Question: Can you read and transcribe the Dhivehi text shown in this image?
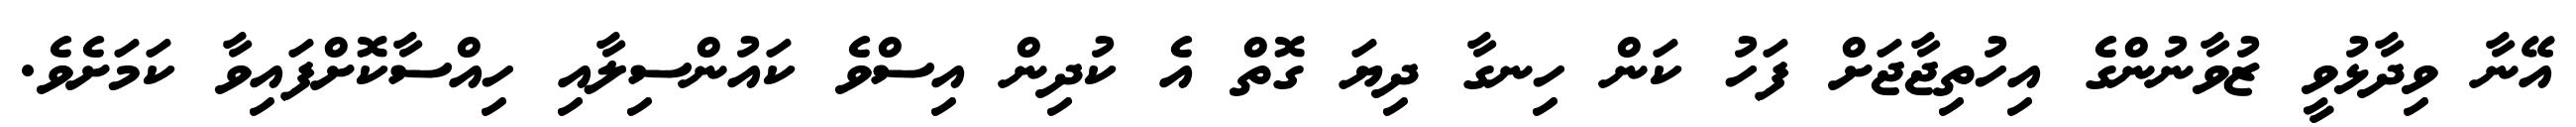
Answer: އޭނާ ވިދާޅުވީ ޒުވާނުންގެ އިހުތިޖާޖަށް ފަހު ކަން ހިނގާ ދިޔަ ގޮތް އެ ކުދިން އިސްވެ ކައުންސިލާއި ހިއްސާކޮށްފައިވާ ކަމަށެވެ.